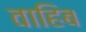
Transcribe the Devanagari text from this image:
वाहिब